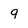
Character: 9